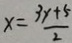
x = \frac { 3 y + 5 } { 2 }